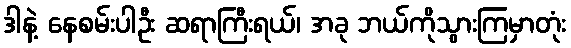
ဒါနဲ့ နေစမ်းပါဦး ဆရာကြီးရယ်၊ အခု ဘယ်ကိုသွားကြမှာတုံး